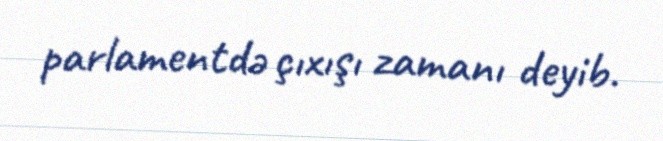
parlamentdə çıxışı zamanı deyib.